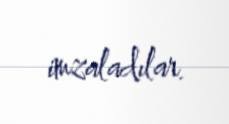
imzaladılar.